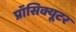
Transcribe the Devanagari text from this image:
प्रॉसिक्यूटर